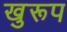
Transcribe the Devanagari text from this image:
खुरूप